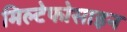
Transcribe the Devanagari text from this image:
मिल्टेफोसाइन